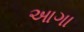
આગા